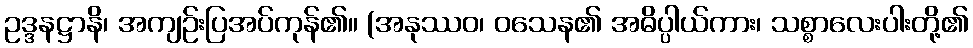
ဥဒ္ဒနဋ္ဌာနိ၊ အကျဉ်းပြအပ်ကုန်၏။ (အနုဿဝ၊ ဝသေန၏ အဓိပ္ပါယ်ကား၊ သစ္စာလေးပါးတို့၏